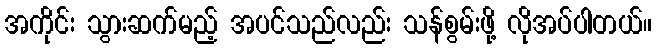
အကိုင်း သွားဆက်မည့် အပင်သည်လည်း သန်စွမ်းဖို့ လိုအပ်ပါတယ်။